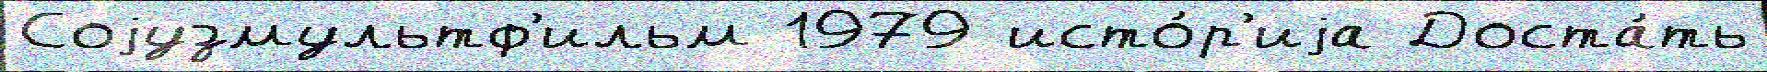
Соjузмультф'ильм 1979 исто́р'иjа Доста́ть